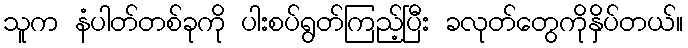
သူက နံပါတ်တစ်ခုကို ပါးစပ်ရွတ်ကြည့်ပြီး ခလုတ်တွေကိုနှိပ်တယ်။